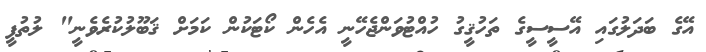
އޭގެ ބަދަލުގައި އޭސީސީގެ ތަހުޤީގު ހުއްޓުވަންޖެހޭނީ އެހެން ކޯޓަކުން ކަމަށް ޤަބޫލުކުރެވެނީ" ލުތުފީ